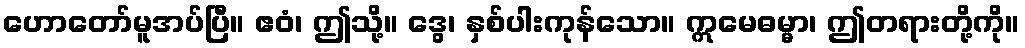
ဟောတော်မူအပ်ပြီ။ ဧဝံ၊ ဤသို့။ ဒွေ၊ နှစ်ပါးကုန်သော။ ဣမေဓမ္မာ၊ ဤတရားတို့ကို။